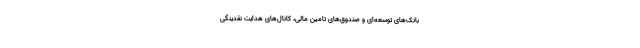
بانک‌های توسعه‌ای و صندوق‌های تامین مالی، کانال‌های هدایت نقدینگی